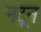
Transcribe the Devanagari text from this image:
नटून